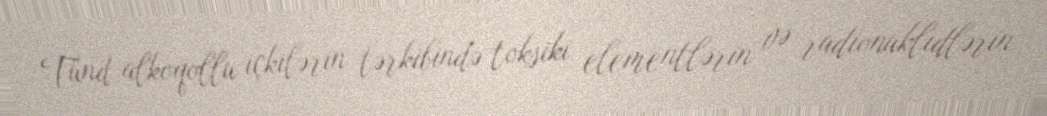
Tünd alkoqollu içkilərin tərkibində toksiki elementlərin və radionuklidlərin